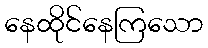
နေထိုင်နေကြသော